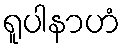
ရူပါနာဟံ